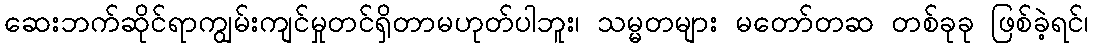
ဆေးဘက်ဆိုင်ရာကျွမ်းကျင်မှုတင်ရှိတာမဟုတ်ပါဘူး၊ သမ္မတများ မတော်တဆ တစ်ခုခု ဖြစ်ခဲ့ရင်၊